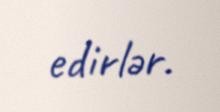
edirlər.